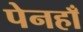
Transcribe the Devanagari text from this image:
पेनहाँ